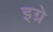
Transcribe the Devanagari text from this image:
इग्ने